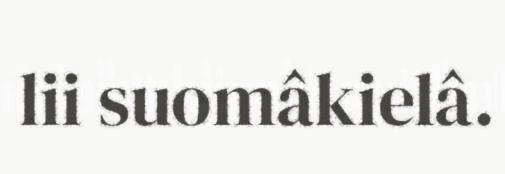
lii suomâkielâ.